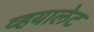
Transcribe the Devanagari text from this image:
व्हयालेट